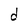
Character: d